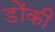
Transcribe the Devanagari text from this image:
डोंकी